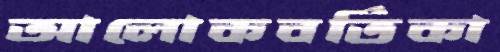
আলোকবর্তিকা